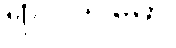
ရာဂသမော